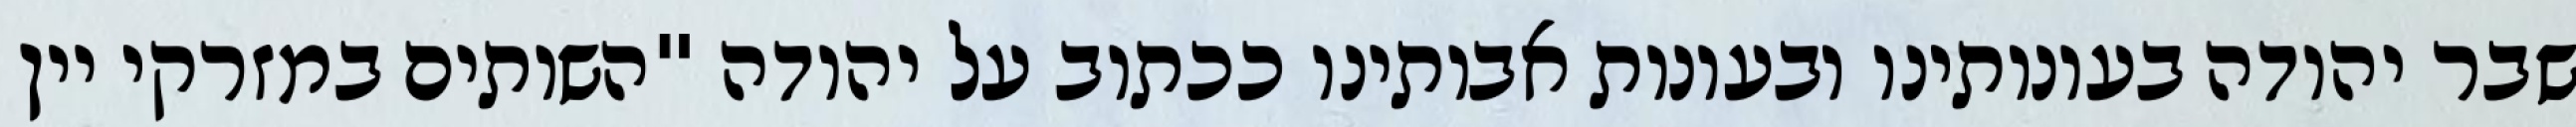
שבר יהודה בעונותינו ובעונות אבותינו ככתוב על יהודה "השותים במזרקי יין